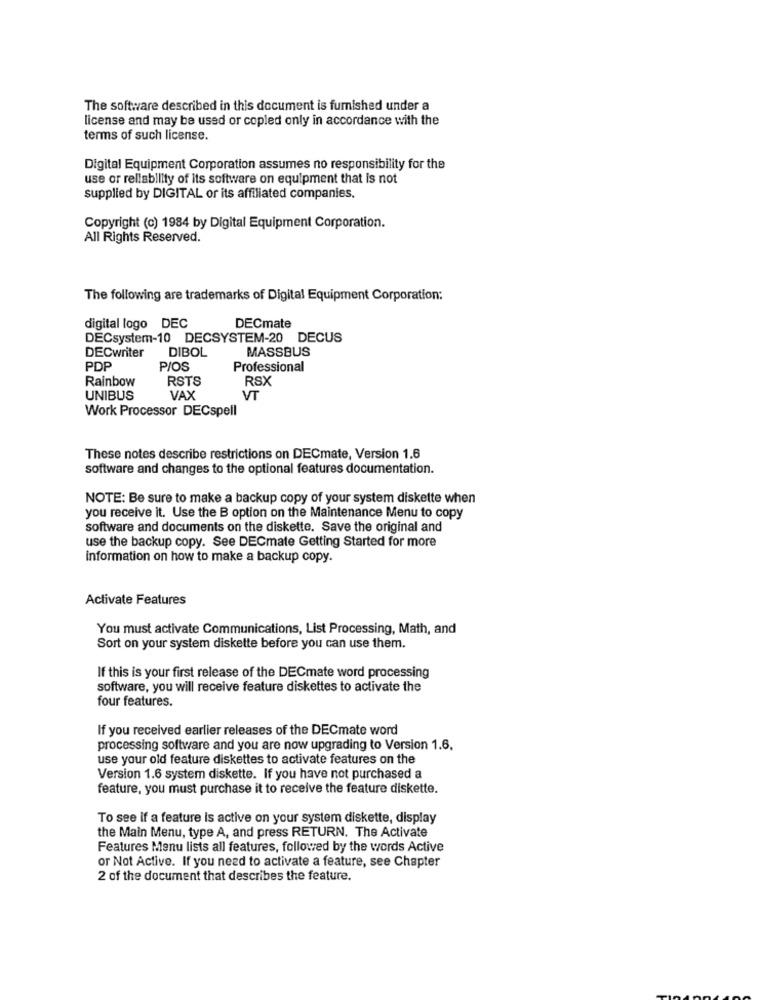
The software described in this document is furnished under a
license and may be used or copled only in accordance with the
terms of such license.
Digital Equipment Corporation assumes no responsibility for the
use or rellability of its software on equipment that is not
supplied by DIGITAL or its affiliated companies.
Copyright (c) 1984 by Digital Equipment Corporation.
All Rights Reserved.
The following are trademarks of Digital Equipment Corporation:
digital logo DEC
DECmate
DECsystem-10 DECSYSTEM-20 DECUS
DIBOL
MASSBUS
DECwriter
PDP
P/OS
Professional
Rainbow
RSTS
RSX
UNIBUS
VAX
VT
Work Processor DECspell
These notes describe restrictions on DECmate, Version 1.6
software and changes to the optional features documentation.
NOTE: Be sure to make a backup copy of your system diskette when
you receive it. Use the B option on the Maintenance Menu to copy
software and documents on the diskette. Save the original and
use the backup copy. See DECmate Getting Started for more
Information on how to make a backup copy.
Activate Features
You must activate Communications, List Processing, Math, and
Sort on your system diskette before you can use them.
If this is your first release of the DECmate word processing
software, you will receive feature diskettes to activate the
four features.
If you received earlier releases of the DECmate word
processing software and you are now upgrading to Version 1.6,
use your old feature diskettes to activate features on the
Version 1.6 system diskette. If you have not purchased a
feature, you must purchase it to receive the feature diskette.
To see if a feature is active on your system diskette, display
the Main Menu, type A, and press RETURN. The Activate
Features Menu lists all features, followed by the words Active
or Not Active. If you need to activate a feature, see Chapter
2 of the document that describes the feature.